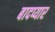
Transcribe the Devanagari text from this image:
बादप्यार